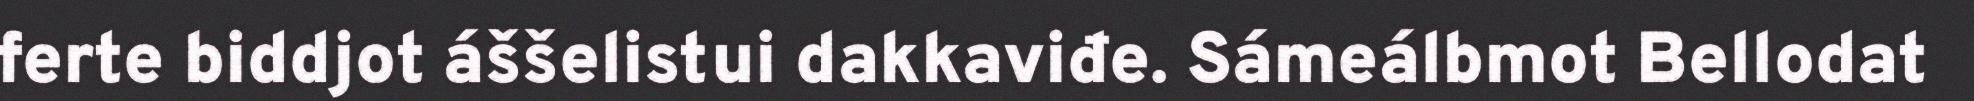
ferte biddjot áššelistui dakkaviđe. Sámeálbmot Bellodat